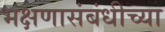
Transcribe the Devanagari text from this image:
भक्षणासंबंधीच्या